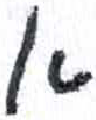
אות: א